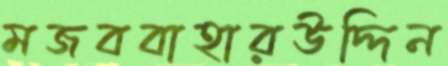
মজববাহারউদ্দিন